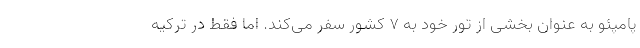
پامپئو به عنوان بخشی از تور خود به ۷ کشور سفر می‌کند. اما فقط در ترکیه